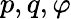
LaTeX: p,q,\varphi